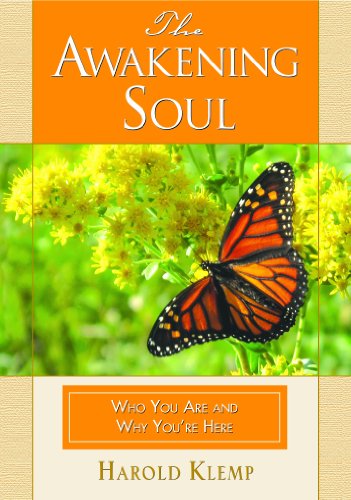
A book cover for The Awakening Soul; Harold Klemp; Religion & Spirituality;